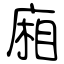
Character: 廂